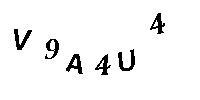
V9A4U4